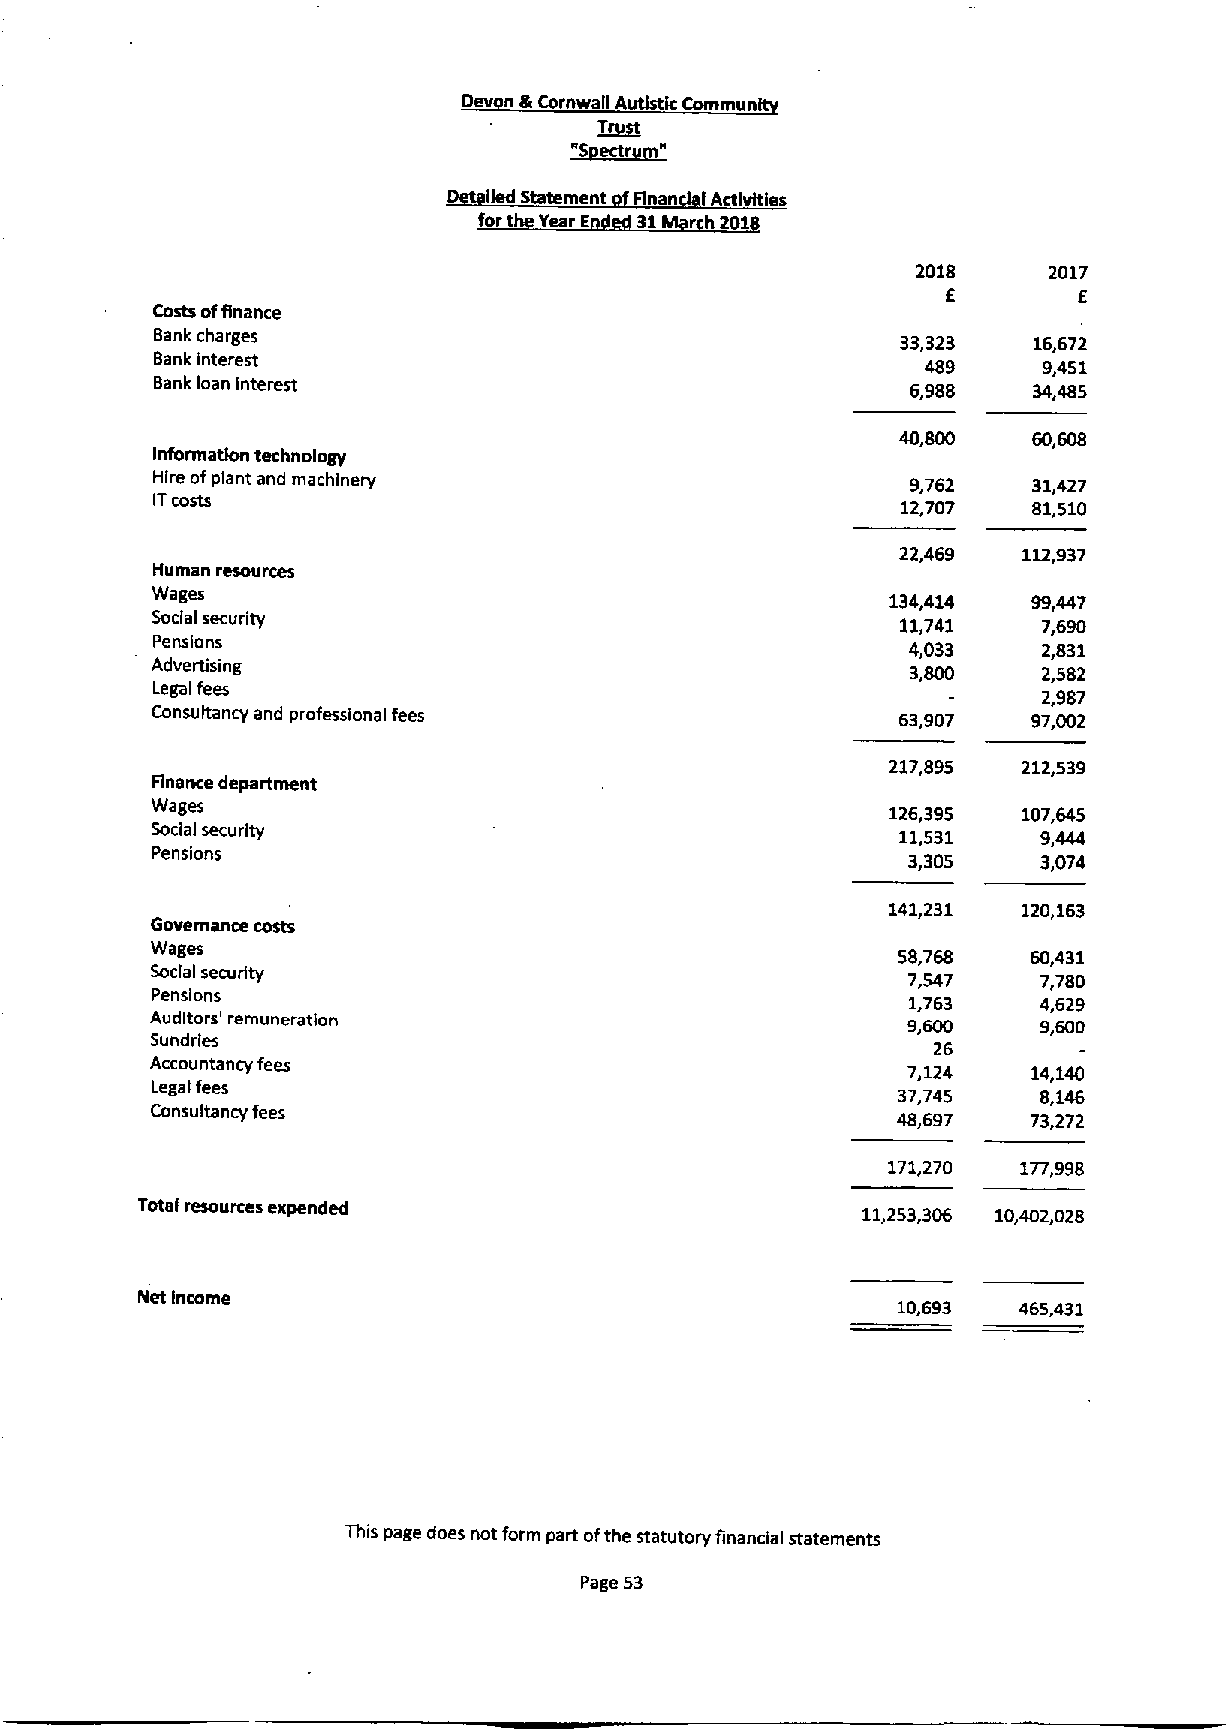
Dev n gr Cornwall A IcCommun
 Trpct
 ~S~~rn"
 iled 5 tement Fin n I Ivlties
 fort ear 6 1   h 201
 2018    2017
 6       6
 Costs offinance
 Bank charges                                      33,323  16,672
 Bank interest                                      489     9,451
 Bankloan Interest                                 6,988   34,485
 Informatkm technology
 Hire ofplant and machinery                        9,762   31,427
 ITcosts                                           12,707  81,510
 22,469   112,937
 Human resources
 Wages                                            134,414  99,447
 Social security                                   11,741   7,690
 Pensions
 4,033    2,831
 Advertising
 2,582
 Legal fees                                                 2,987
 Consultancy and professional fees                63,907   97,002
 217,895  212,539
 Pinnace department
 Wages                                            126,395  107,645
 Social security                                  11,531    9,444
 Pensions                                          3,305    3,074
 141,231  120,163
 Governance costs
 Wages                                            58,768   60,431
 Soda Isecurity                                    7,547    7,780
 Pensions
 1,763    4,629
 Auditors' remuneration                            9,600    9,600
 Sundries
 26
 Accountancy fees
 7,124   14,140
 Legal fees                                       37,745    8,146
 Consultancy fees
 48,697   73,272
 171,270 177,998
 Total resources expended                        11,253,306 10,402,028
 Ifet Income
 10,693  465,431
 This page does not form part ofthe statutory financial statements
 Page 53